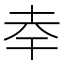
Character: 𭎎